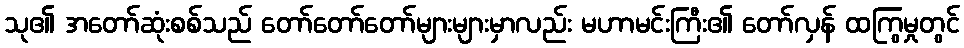
သု၏ အတော်ဆုံးစစ်သည် တော်တော်တော်များများမှာလည်း မဟာမင်းကြီး၏ တော်လှန် ထကြွမှုတွင်